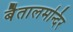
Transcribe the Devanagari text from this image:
बैतालमन्दिर